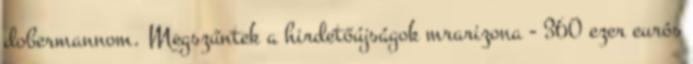
dobermannom. Megszűntek a hirdetőújságok mrarizona - 360 ezer eurós